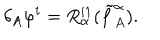
LaTeX: \delta _ { A } \varphi ^ { i } = R _ { \alpha } ^ { i 1 } ( \tilde { f } _ { A } ^ { \alpha } ) .